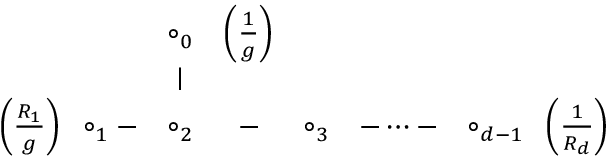
\begin{array} { c c c c c c c } { { } } & { { \circ _ { 0 } } } & { { \left( \frac { 1 } { g } \right) } } & { { } } & { { } } & { { } } & { { } } \\ { { } } & { { \mid } } & { { } } & { { } } & { { } } & { { } } & { { } } \\ { { \left( \frac { R _ { 1 } } { g } \right) \; \; \circ _ { 1 } - } } & { { \circ _ { 2 } } } & { { - } } & { { \circ _ { 3 } } } & { { - \dots - } } & { { \circ _ { d - 1 } \; \; \left( \frac { 1 } { R _ { d } } \right) } } \end{array}